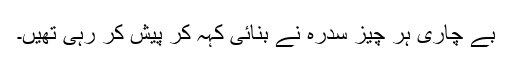
بے چاری ہر چیز سدرہ نے بنائی کہہ کر پیش کر رہی تھیں۔